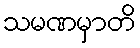
သမဏမှာတိ